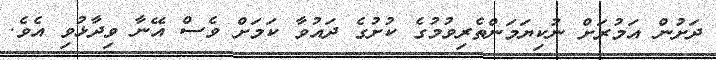
ދަށުން އަމުރަށް ނުކިޔަމަންތެރިވުމުގެ ކުށުގެ ދައުވާ ކަމަށް ވެސް އޭނާ ވިދާޅުވި އެވެ.